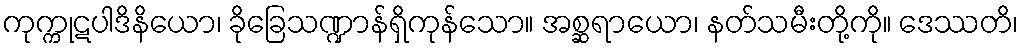
ကုက္ကုဋပါဒိနိယော၊ ခိုခြေသဏ္ဍာန်ရှိကုန်သော။ အစ္ဆရာယော၊ နတ်သမီးတို့ကို။ ဒေဿတိ၊